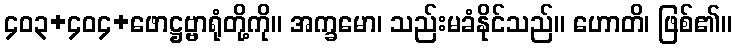
၄၀၃+၄၀၄+ဖောဋ္ဌဗ္ဗာရုံတို့ကို။ အက္ခမော၊ သည်းမခံနိုင်သည်။ ဟောတိ၊ ဖြစ်၏။